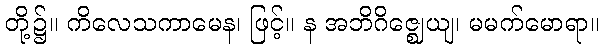
တို့၌။ ကိလေသကာမေန၊ ဖြင့်။ န အဘိဂိဇ္ဈေယျ၊ မမက်မောရာ။